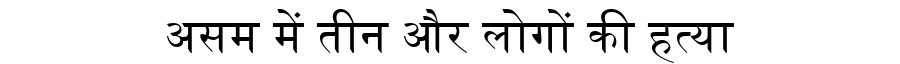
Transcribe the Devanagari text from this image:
असम में तीन और लोगों की हत्या